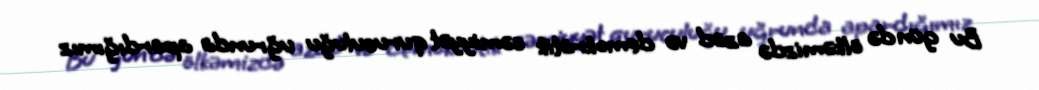
Bu gün də ölkəmizdə azad və demokratik cəmiyyət quruculuğu uğrunda apardığımız